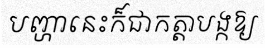
បញ្ហានេះក៏ជាកត្តាបង្កឱ្យ